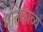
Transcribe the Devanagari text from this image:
गतिकाव्य